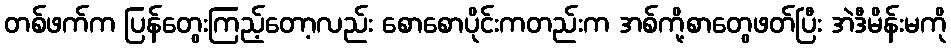
တစ်ဖက်က ပြန်တွေးကြည့်တော့လည်း စောစောပိုင်းကတည်းက အစ်ကို့စာတွေဖတ်ပြီး အဲဒီမိန်းမကို